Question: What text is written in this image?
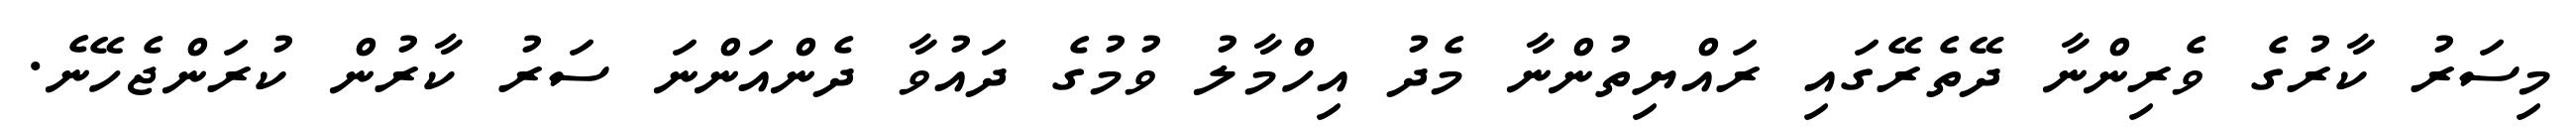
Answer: މިސަރު ކާރުގެ ވެރިންނާ ދޭތެރޭގައި ރައްޔިތުންނާ މެދު އިހްމާލު ވުމުގެ ދައުވާ ދެންއަންނަ ސަރު ކާރުން ކުރަންޖެހޭނެ.